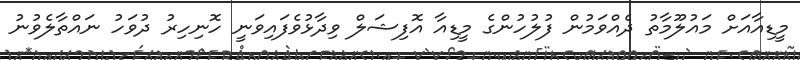
މީޑިއާއަށް މައުލޫމާތު ދެއްވަމުން ފުލުހުންގެ މީޑިއާ އޮފިޝަލް ވިދާޅުވެފައިވަނީ ހޮނިހިރު ދުވަހު ނައްތާލެވުނު